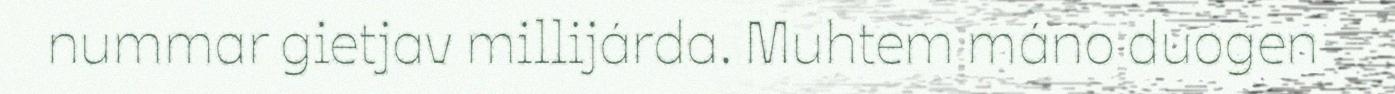
nummar gietjav millijárda. Muhtem máno duogen